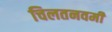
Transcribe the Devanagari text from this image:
चिलतनवमी